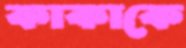
কাকাকে